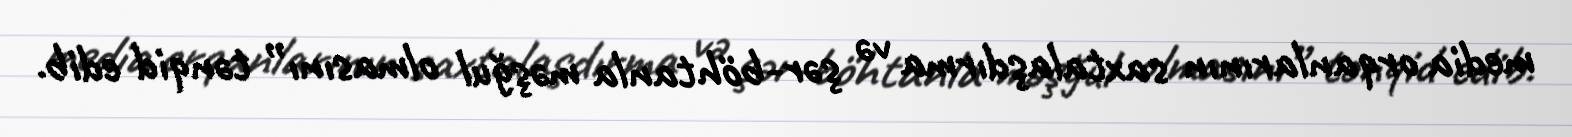
media orqanlarının saxtalaşdırma və şər-böhtanla məşğul olmasını” tənqid edib.